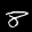
Label: 8